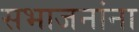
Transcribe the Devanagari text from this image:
सभाजनांना